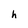
Character: h